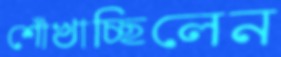
শোঁখাচ্ছিলেন